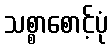
သစ္စာစောင့်ပုံ